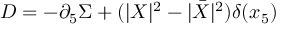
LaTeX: D = - \partial _ { 5 } \Sigma + ( | X | ^ { 2 } - | \bar { X } | ^ { 2 } ) \delta ( x _ { 5 } )